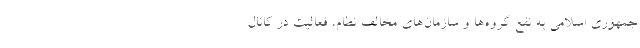
جمهوری اسلامی به نفع گروه‌ها و سازمان‌های مخالف نظام، فعالیت در کانال